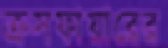
ক্রসফায়ারের